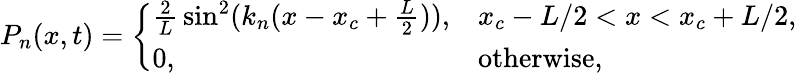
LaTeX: P_{n}(x,t)={\left\{ \begin{array}{ll}{{\frac{2}{L}}\sin^{2}(k_{n}(x-x_{c}+{\frac{L}{2}})),}&{x_{c}-L/2<x<x_{c}+L/2,}\\ {0,}&{{\mathrm{otherwise,}}}\end{array}\right.}